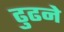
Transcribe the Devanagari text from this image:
ढुढने